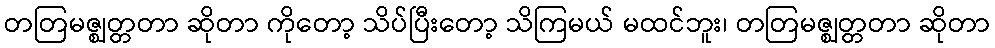
တတြမဇ္ဈတ္တတာ ဆိုတာ ကိုတော့ သိပ်ပြီးတော့ သိကြမယ် မထင်ဘူး၊ တတြမဇ္ဈတ္တတာ ဆိုတာ